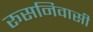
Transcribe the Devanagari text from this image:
रूसनिवासी